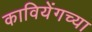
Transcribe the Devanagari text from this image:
कावियेंगच्या